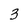
Character: 3